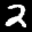
Label: 2